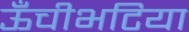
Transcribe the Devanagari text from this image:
ऊँचीभटिया